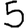
Digit: 5